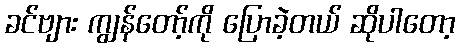
ခင်ဗျား ကျွန်တော့်ကို ပြောခဲ့တယ် ဆိုပါတော့